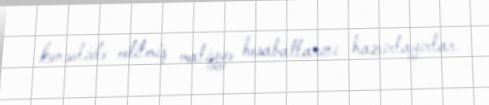
konsolidə edilmiş maliyyə hesabatlarını hazırlayırlar.